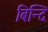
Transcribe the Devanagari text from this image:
बिन्दि